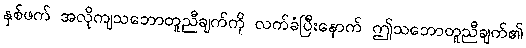
နှစ်ဖက် အလိုကျသဘောတူညီချက်ကို လက်ခံပြီးနောက် ဤသဘောတူညီချက်၏